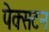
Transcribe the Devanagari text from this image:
पेक्‍सटन